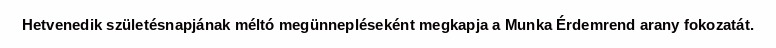
Hetvenedik születésnapjának méltó megünnepléseként megkapja a Munka Érdemrend arany fokozatát.